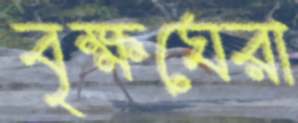
বৃক্ষঘেরা